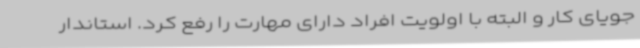
جویای کار و البته با اولویت افراد دارای مهارت را رفع کرد. استاندار